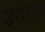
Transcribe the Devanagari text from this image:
इराधर